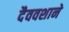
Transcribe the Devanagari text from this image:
दैववशाने